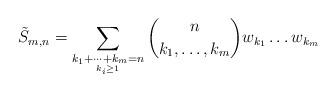
LaTeX: \begin{align*}\tilde{S}_{m,n}=\sum_{\underset{k_{i}\ge1}{k_{1}+\dots+k_{m}=n}}\binom{n}{k_{1},\dots,k_{m}}w_{k_{1}}\dots w_{k_{m}}\end{align*}